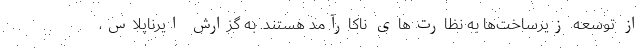
از توسعه زیرساخت‌ها به نظارت‌های ناکارآمد هستند. به گزارش ایرناپلاس،